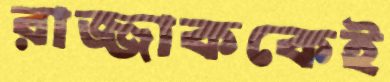
রাজ্জাককেই